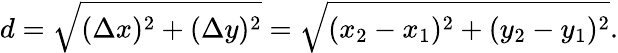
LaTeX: d={\sqrt{(\Delta x)^{2}+(\Delta y)^{2}}}={\sqrt{(x_{2}-x_{1})^{2}+(y_{2}-y_{1})^{2}}}.